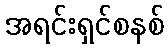
အရင်းရှင်စနစ်